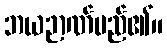
ဘယဉာဏ်မည်၏။